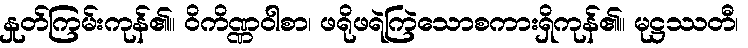
နှုတ်ကြမ်းကုန်၏။ ဝိကိဏ္ဏဝါစာ၊ ဖရိုဖရဲကြဲသောစကားရှိကုန်၏။ မုဋ္ဌဿတီ၊